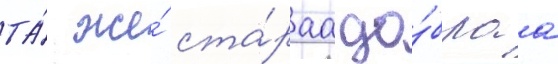
та́ же́ ста́раа до́браа